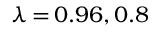
\lambda \, { = } \, 0 . 9 6 , 0 . 8